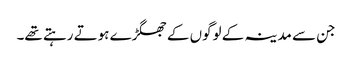
جن سے مدینہ کے لوگوں کے جھگڑے ہوتے رہتے تھے۔